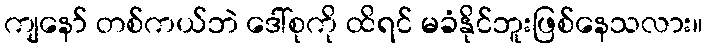
ကျနော် တစ်ကယ်ဘဲ ဒေါ်စုကို ထိရင် မခံနိုင်ဘူးဖြစ်နေသလား။